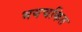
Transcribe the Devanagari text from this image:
भयचकित